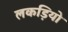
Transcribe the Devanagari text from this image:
लकड़ियो